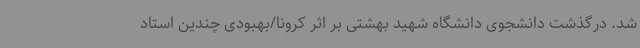
شد. درگذشت دانشجوی دانشگاه شهید بهشتی بر اثر کرونا/بهبودی چندین استاد